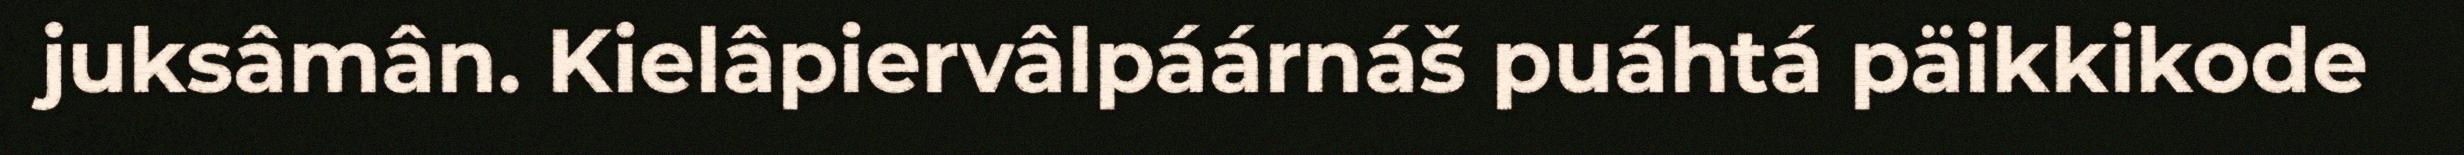
juksâmân. Kielâpiervâlpáárnáš puáhtá päikkikode